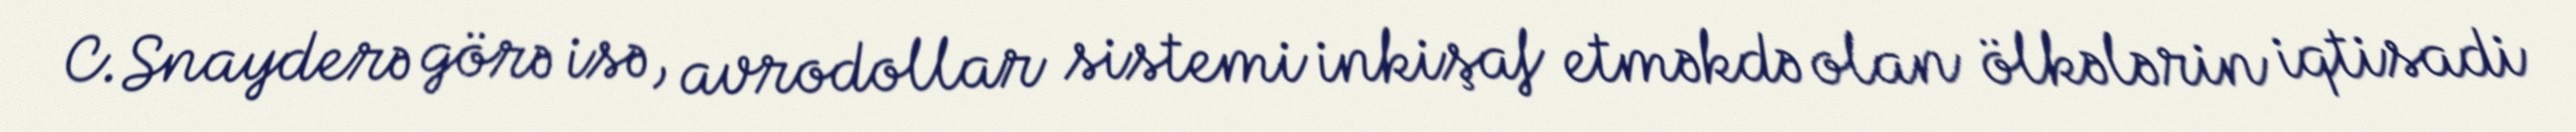
C.Snayderə görə isə, avrodollar sistemi inkişaf etməkdə olan ölkələrin iqtisadi